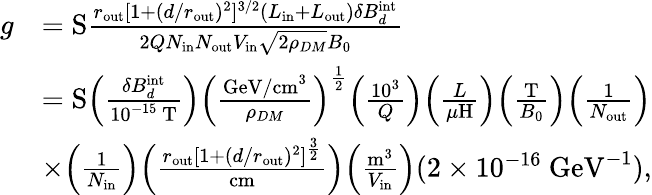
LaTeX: \begin{array}{rl}{g}&{=\mathrm{S}\frac{r_{\mathrm{out}}[1+(d/r_{\mathrm{out}})^{2}]^{3/2}(L_{\mathrm{in}}+L_{\mathrm{out}})\delta B_{d}^{\mathrm{int}}}{2QN_{\mathrm{in}}N_{\mathrm{out}}V_{\mathrm{in}}\sqrt{2\rho_{DM}}B_{0}}}\\ &{=\mathrm{S}\Big(\frac{\delta B_{d}^{\mathrm{int}}}{10^{-15}~\mathrm{T}}\Big)\Big(\frac{\mathrm{GeV/cm}^{3}}{\rho_{DM}}\Big)^{\frac{1}{2}}\Big(\frac{10^{3}}{Q}\Big)\Big(\frac{L}{\mu\mathrm{H}}\Big)\Big(\frac{\mathrm{T}}{B_{0}}\Big)\Big(\frac{1}{N_{\mathrm{out}}}\Big)}\\ &{\times\Big(\frac{1}{N_{\mathrm{in}}}\Big)\Big(\frac{r_{\mathrm{out}}[1+(d/r_{\mathrm{out}})^{2}]^{\frac{3}{2}}}{\mathrm{cm}}\Big)\Big(\frac{\mathrm{m}^{3}}{V_{\mathrm{in}}}\Big)(2\times 10^{-16}~\mathrm{GeV}^{-1}),}\end{array}